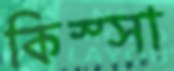
কিস্সা